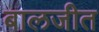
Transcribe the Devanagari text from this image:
बालजीत